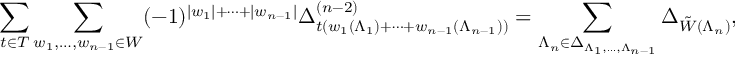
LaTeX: \sum _ { t \in T } \sum _ { w _ { 1 } , \ldots , w _ { n - 1 } \in W } ( - 1 ) ^ { | w _ { 1 } | + \cdots + | w _ { n - 1 } | } \Delta _ { t ( w _ { 1 } ( \Lambda _ { 1 } ) + \cdots + w _ { n - 1 } ( \Lambda _ { n - 1 } ) ) } ^ { ( n - 2 ) } = \sum _ { \Lambda _ { n } \in \Delta _ { \Lambda _ { 1 } , \ldots , \Lambda _ { n - 1 } } } \Delta _ { \tilde { W } ( \Lambda _ { n } ) } ,